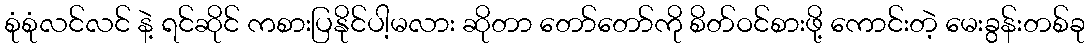
စုံစုံလင်လင် နဲ့ ရင်ဆိုင် ကစားပြနိုင်ပါ့မလား ဆိုတာ တော်တော်ကို စိတ်ဝင်စားဖို့ ကောင်းတဲ့ မေးခွန်းတစ်ခု